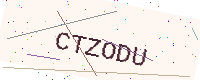
Text: CTZODU